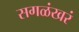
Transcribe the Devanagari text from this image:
सगळंखरं